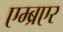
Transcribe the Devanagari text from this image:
एम्ब्रएर